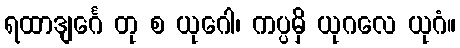
ရထာဒျင်္ဂေ တု စ ယုဂေါ၊ ကပ္ပမှိ ယုဂလေ ယုဂံ။